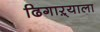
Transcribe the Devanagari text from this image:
ढिगाऱ्याला